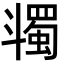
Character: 𣂌